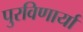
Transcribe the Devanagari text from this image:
पुरविणार्या